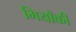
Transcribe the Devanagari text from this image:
मियाँकी